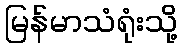
မြန်မာသံရုံးသို့